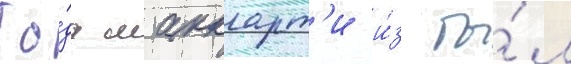
То́дд маккарт'и и́з бы́л